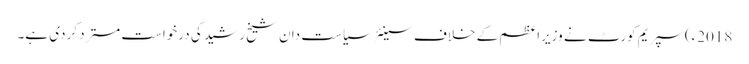
2018ء)سپریم کورٹ نے وزیراعظم کے خلاف سینئر سیاست دان شیخ رشید کی درخواست مسترد کردی ہے۔